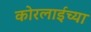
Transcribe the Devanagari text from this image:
कोरलाईच्या